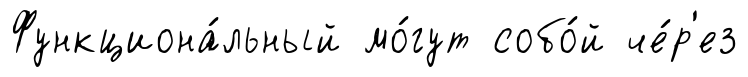
Функциона́льный мо́гут собо́й че́р'ез